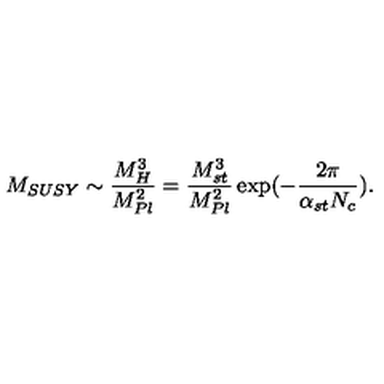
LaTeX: M _ { S U S Y } \sim { \frac { M _ { H } ^ { 3 } } { M _ { P l } ^ { 2 } } } = { \frac { M _ { s t } ^ { 3 } } { M _ { P l } ^ { 2 } } } \exp ( - { \frac { 2 \pi } { \alpha _ { s t } N _ { c } } } ) .